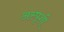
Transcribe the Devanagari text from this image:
अस्पृशी